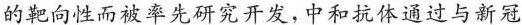
的靶向性而被率先研究开发，中和抗体通过与新冠